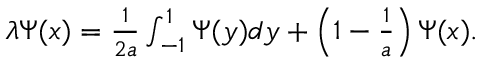
\begin{array} { r } { \lambda \Psi ( x ) = \frac { 1 } { 2 a } \int _ { - 1 } ^ { 1 } \Psi ( y ) d y + \left( 1 - \frac { 1 } { a } \right) \Psi ( x ) . } \end{array}